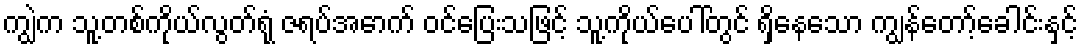
ကျွဲက သူ့တစ်ကိုယ်လွတ်ရုံ ဇရပ်အောက် ဝင်ပြေးသဖြင့် သူ့ကိုယ်ပေါ်တွင် ရှိနေသော ကျွန်တော့်ခေါင်းနှင့်